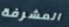
المشرفة